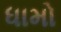
ધામો